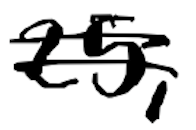
Text: 25,
Cross-out: double-line
Writing tool: digital_black